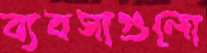
ব্যবসাগুলো